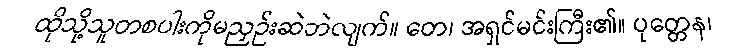
ထိုသို့သူတစပါးကိုမညှဉ်းဆဲဘဲလျက်။ တေ၊ အရှင်မင်းကြီး၏။ ပုတ္တေန၊